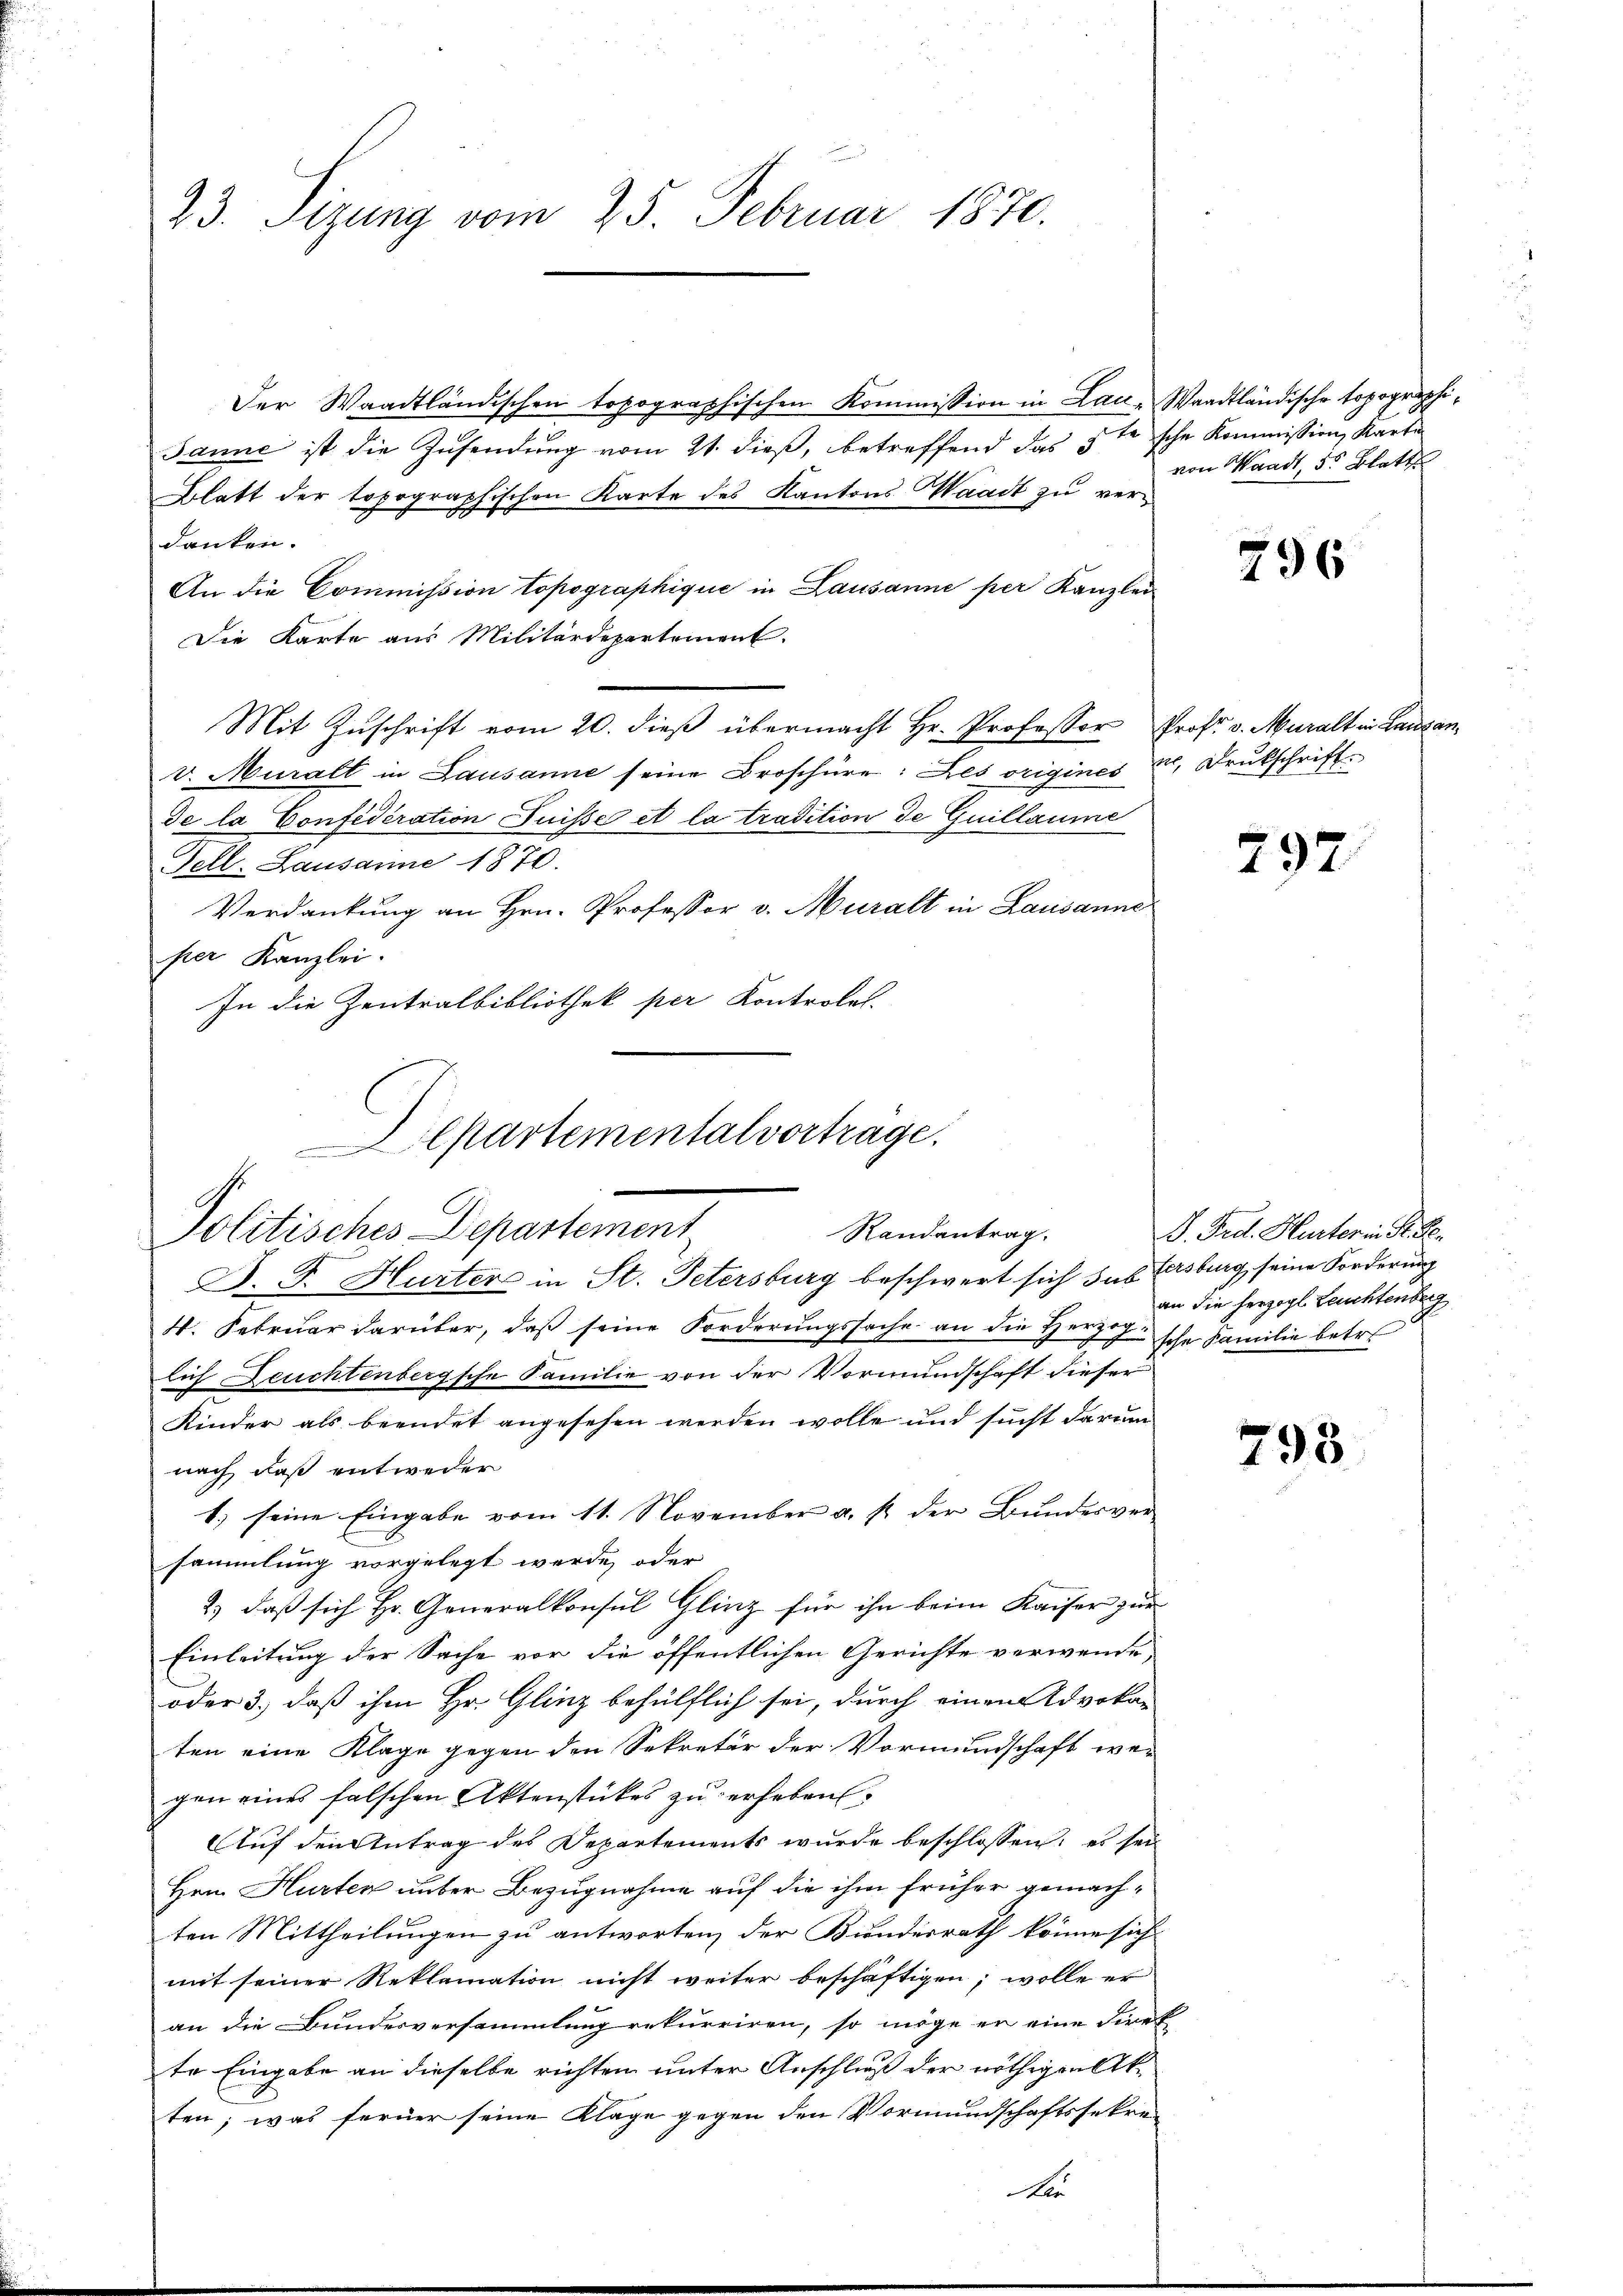
23. Sizung vom 25. Februar 1870.

Der Waadtländischen topographischen Kommission in Lau-Waadtländische topographi¬
Janne ist die Zusendung vom 21. dieß, betreffend das steische Kommission, Karte
Blatt der topographischen Karte des Kantons Waadt zu verdanken.
An die Commission topographique in Lausanne per Kanzlei
Die Karte aus Militärdepartement.
Mit Zuschrift vom 20. dieß übermacht Hr. Professor Prof. v. Muralt in Lausa
v. Muralt in Lausanne seine Broschüre: Les origines M. Drukschrift.
de la Confédération Suisse et la tradition de Guillaume
Fell. Lausanne 1870.
Verdankung an Hrn. Professor v. Muralt in Lausanne
per Kanzlei.
In die Zentralbibliothek per Kontrolel.

Departementalvertrage.
Politisches Departement
Randantrag.

D. J. Hurter in St. Petersburg beschwert sich das Ersburg, seine Forderung
4. Febrŭar darüber, daβ seine Forderŭngssache an die Herzige sche Familie betr.
lich Deuchtenbergsche Familie von der Vormundschaft dieser
Kinder als beendet angesehen werden wolle und sucht darum
nach, daß entweder
1.) seine Eingabe vom 11. November a. p. der Bundesversammlung vorgelegt werde, oder
2.) daß sich Hr. Generalkonsul Glinz für ihn beim Kaiser zur
Einleitung der Sache vor die öffentlichen Gerichte verwende
oder 3., daß ihm Hr. Glinz behülflich sei, durch einem Advokan
ten eine Klage gegen den Sekretär der Vormundschaft wer
gen eines falschen Aktenstückes zu erheben.
Auf den Antrag des Departements wurde beschlossen: es sei
Hrn. Hurten über Bezugnahme auf die ihm früher gemachten Mittheilungen zu antworten, der Bundesrath könne sich
mit seiner Reklamation nicht weiter beschäftigen; wolle er
an die Bundesversammlung rekurriren, so möge er eine direk
te Eingabe an dieselbe richten unter Anschluß der nöthigen Akten; was ferner seine Klage gegen den Vormundschaftssekre
A

von Waadt, 5 Blatt

296

797.

J. Frd. Hurter in Sr. Dr.
an die herzogl. Leuchtenberg

793